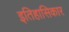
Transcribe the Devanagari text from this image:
इतिहासिकार